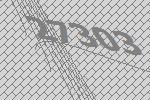
27303